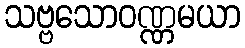
သဗ္ဗသောဝဏ္ဏမယာ